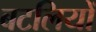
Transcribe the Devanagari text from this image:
बटलियों